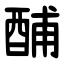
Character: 酺